Lunatic asylums Central Provinces reports 1910-1926 - 1910-1926
Year: 1910
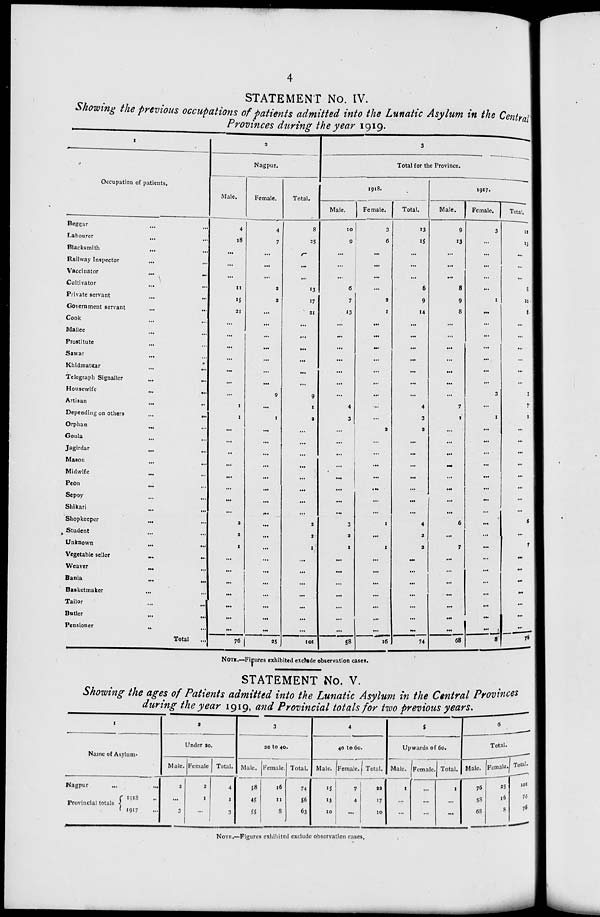
4
STATEMENT No. IV.
Showing the previous occupations of patients admitted into the Lunatic Asylum in the Central
Provinces during the year 1919.
1
Occupation of patients.
Beggar ... ...
Labourer ... ...
Blacksmith ... ...
Railway Inspector ... ...
Vaccinator
...
...
Cultivator ... ...
Private servant ... ...
Government servant ... ...
Cook ... ...
Mallee ... ...
Prostitute ... ...
Sawar ... ...
Khidmatgar ... ...
Telegraph Signaller ... ...
Housewife
...
...
Artisan ... ...
Depending on others ... ...
Orphan ... ...
Goula ... ...
Jagirdar ... ...
Mason ... ...
Midwife ... ...
Peon
...
...
Sepoy ... ...
Shikari
...
...
Shopkeeper ... ...
Student ... ...
Unknown ... ...
Vegetable seller ... ...
Weaver
...
...
Bania ... ...
Basketmaker ... ...
Tailor ... ...
Butler
...
...
Pensioner
...
...
Total ...
2
Nagpur.
Male.
4
18
...
...
...
11
15
21
...
...
...
...
...
...
...
1
1
...
...
...
...
...
...
...
...
2
2
1
...
...
...
...
...
...
...
76
Female.
4
7
...
...
...
2
2
...
...
...
...
...
...
...
9
...
1
...
...
...
...
...
...
...
...
...
...
...
...
...
...
...
...
...
...
25
Total.
8
25
...
...
...
13
17
21
...
...
...
...
...
...
9
1
2
...
...
...
...
...
...
...
...
2
2
1
...
...
...
...
...
...
...
101
3
Total for the Province.
1918.
Male.
10
9
...
...
...
6
7
13
...
...
...
...
...
...
...
4
3
...
...
...
...
...
...
...
...
3
2
1
...
...
...
...
...
...
...
58
Female.
3
6
...
...
...
...
2
1
...
...
...
...
...
...
...
...
...
2
...
...
...
...
...
...
...
1
...
1
...
...
...
...
...
...
...
16
Total.
13
15
...
...
...
6
9
14
...
...
...
...
...
...
...
4
3
2
...
...
...
...
...
...
...
4
2
2
...
...
...
...
...
...
...
74
1917.
Male.
9
13
...
...
...
8
9
8
...
...
...
...
...
...
...
7
1
...
...
...
...
...
...
...
...
6
...
7
...
...
...
...
...
...
...
68
Female.
3
...
...
...
...
...
1
...
...
...
...
...
...
...
3
...
1
...
...
...
...
...
...
...
...
...
...
...
...
...
...
...
...
...
...
8
Total.
12
13
...
...
...
8
10
8
...
...
...
...
...
...
3
7
2
...
...
...
...
...
...
...
...
6
...
7
...
...
...
...
...
...
...
76
NOTE.—Figures exhibited exclude observation cases.
STATEMENT No. V.
Showing the ages of Patients admitted into the Lunatic Asylum in the Central Provinces
during the year 1919, and Provincial totals for two previous years.
1
Name of Asylum.
Nagpur ... ...
Provincial totals
1918 ..
1917 ...
2
Under 20.
Male.
2
...
3
Female.
2
1
...
Total.
4
1
3
3
20 to 40.
Male.
58
45
55
Female.
16
11
8
Total.
74
56
63
4
40 to 60.
Male.
15
13
10
Female.
7
4
...
Total.
22
17
10
5
Upwards of 60.
Male.
1
...
...
Female.
...
...
...
Total.
1
...
...
6
Total.
Male.
76
58
68
Female.
25
16
8
Total.
101
74
76
NOTE.—Figures exhibited exclude observation cases.